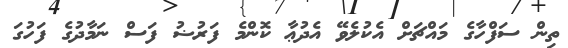
ތިން ސަފްހާގެ މައްޗަށް އެކުލެވޭ އެދުޢާ ކޮންމެ ފަރުޟު ފަސް ނަމާދުގެ ފަހުގަ